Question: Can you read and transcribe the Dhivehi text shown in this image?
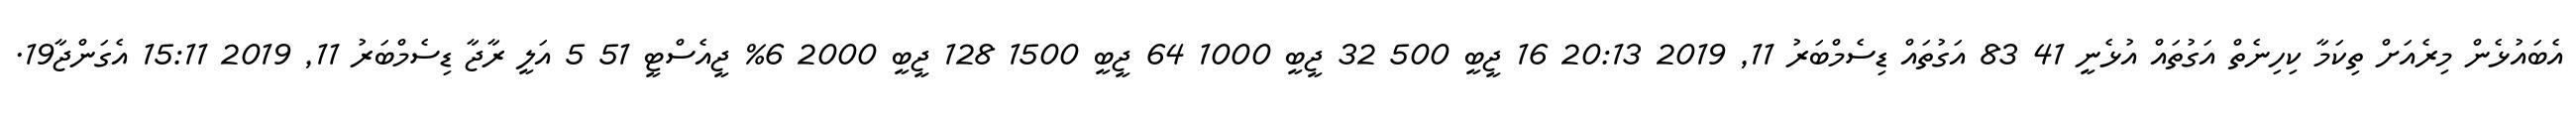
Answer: އެބައުޅެން މިރެއަށް ތިކަމާ ކިހިނެތް އަގުތައް އުޅެނީ 41 83 އަގުތައް ޑިސެމްބަރު 11, 2019 20:13 16 ޖީބީ 500 32 ޖީބީ 1000 64 ޖީބީ 1500 128 ޖީބީ 2000 6% ޖީއެސްޓީ 51 5 އަލީ ރާޖާ ޑިސެމްބަރު 11, 2019 15:11 އެގަންޖާ19.